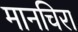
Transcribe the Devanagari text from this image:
मानचिरा